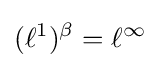
(\ell ^{1})^{\beta }=\ell ^{\infty }